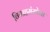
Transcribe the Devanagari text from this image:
विवाहसंस्थेचा